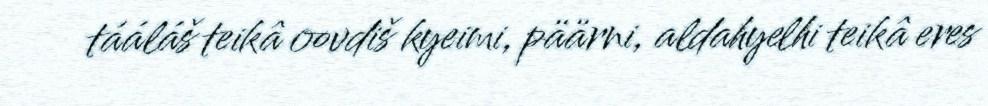
tááláš teikâ oovdiš kyeimi, päärni, aldahyelhi teikâ eres